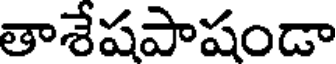
తాశేషపాషండా